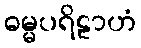
ဓမ္မပရိဠာဟံ